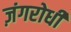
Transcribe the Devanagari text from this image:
ज़ंगरोधी